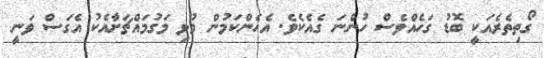
ގޯތިތެރެއަކީ ބޮޑު ގަހެއްވެސް ހުންނަ ގެއެކެވެ. އެހެންކަމުން މުޅި މަގުމައްޗަށާއެކު އެގަސް ވަނީ